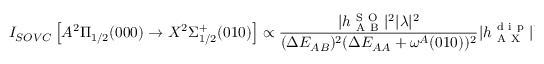
I _ { S O V C } \left[ A ^ { 2 } \Pi _ { 1 / 2 } ( 0 0 0 ) \rightarrow X ^ { 2 } \Sigma _ { 1 / 2 } ^ { + } ( 0 1 0 ) \right] \propto \frac { | h _ { \mathrm { ~ A ~ B ~ } } ^ { \mathrm { ~ S ~ O ~ } } | ^ { 2 } | \lambda | ^ { 2 } } { ( \Delta E _ { A B } ) ^ { 2 } ( \Delta E _ { A A } + \omega ^ { A } ( 0 1 0 ) ) ^ { 2 } } | h _ { \mathrm { ~ A ~ X ~ } } ^ { \mathrm { ~ d ~ i ~ p ~ } } | ^ { 2 } ,